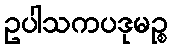
ဥပါသကပဒုမဉ္စ